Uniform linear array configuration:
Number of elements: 16
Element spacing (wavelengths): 0.25
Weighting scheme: kaiser
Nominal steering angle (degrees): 30
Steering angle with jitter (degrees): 28.213
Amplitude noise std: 0.05
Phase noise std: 0.05

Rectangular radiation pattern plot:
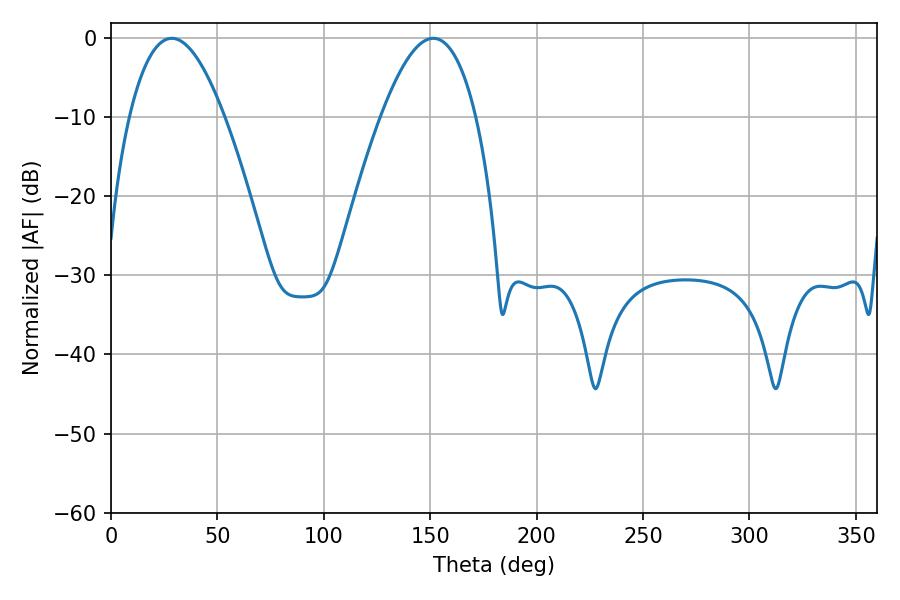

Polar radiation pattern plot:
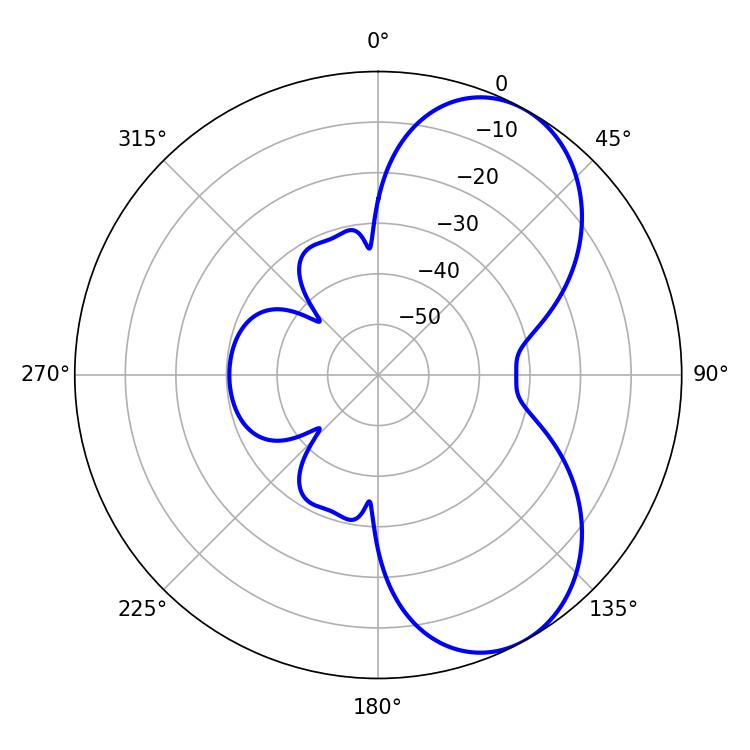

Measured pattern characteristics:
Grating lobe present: FALSE
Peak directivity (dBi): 6.454
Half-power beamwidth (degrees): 24.48
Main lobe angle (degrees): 28.62